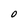
Character: O